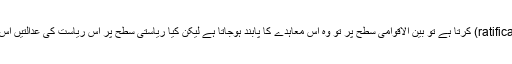
) جب کوئی ریاست کسی بین الاقوامی معاہدے کی توثیق (ratification) کرتا ہے تو بین الاقوامی سطح پر تو وہ اس معاہدے کا پابند ہوجاتا ہے لیکن کیا ریاستی سطح پر اس ریاست کی عدالتیں اس معاہدے کی شقوں کو ریاستی قانون کی طرح نافذ کرسکیں گی؟